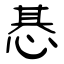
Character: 惎